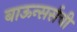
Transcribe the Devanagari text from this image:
बाऊन्सर्सची